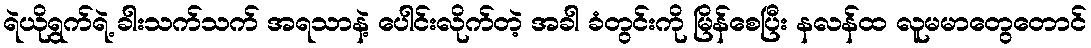
ရဲယိုရွက်ရဲ့ ခါးသက်သက် အရသာနဲ့ ပေါင်းလိုက်တဲ့ အခါ ခံတွင်းကို မြိန်စေပြီး နလန်ထ လူမမာတွေတောင်